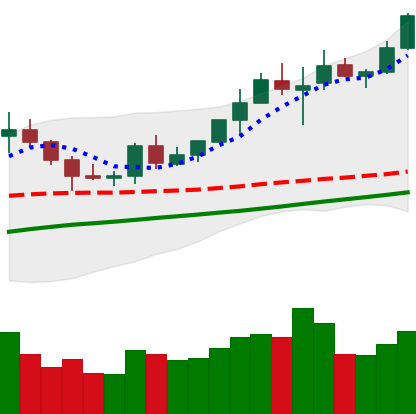
Ticker: BNB-USD
Chart end date: 2020-08-01
Forward return: 5.468%
Label: up_5_7